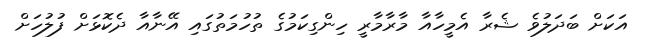
އަކަށް ބަދަލުވެ ޝެރާ އެމީހާއާ މާރާމާރީ ހިންގިކަމުގެ ތުހުމަތުގައި އޭނާއާ ދެކޮޅަށް ފުލުހަށް